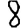
Digit: 8